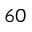
6 0